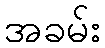
အခမ်း